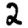
Digit: 2